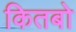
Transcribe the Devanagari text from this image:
कितबो